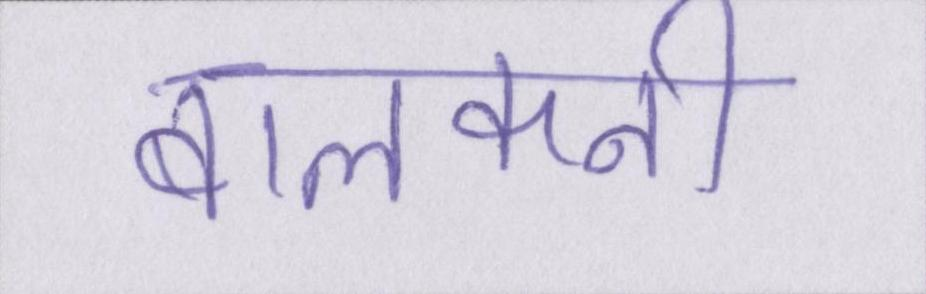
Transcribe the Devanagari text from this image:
बालकनी